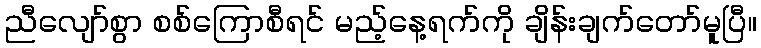
ညီလျော်စွာ စစ်ကြောစီရင် မည့်နေ့ရက်ကို ချိန်းချက်တော်မူပြီ။